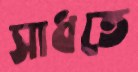
সাধতে